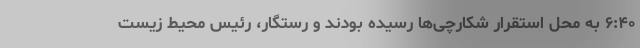
۶:۴۰ به محل استقرار شکارچی‌ها رسیده بودند و رستگار، رئیس محیط زیست